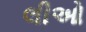
લીઓ